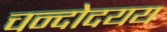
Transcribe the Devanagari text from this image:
चन्दोदयय